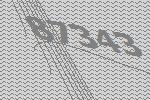
87343